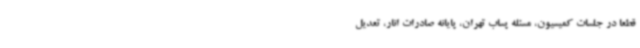
قطعا در جلسات کمیسیون، مسئله پساب تهران، پایانه صادرات انار، تعدیل